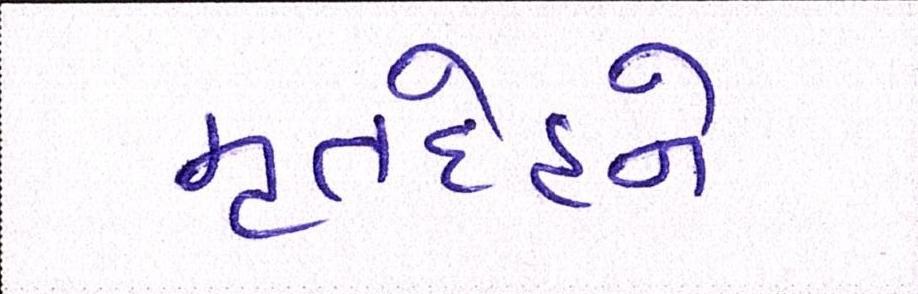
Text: મૃતદેહને